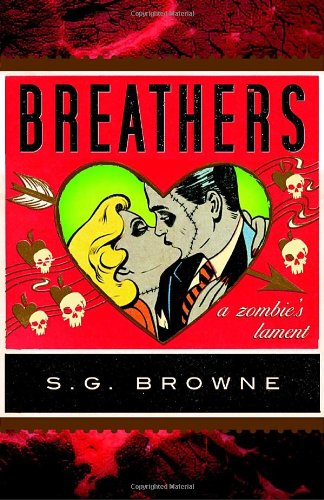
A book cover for Breathers: A Zombie's Lament; S.G. Browne; Literature & Fiction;